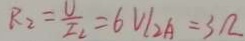
R _ { 2 } = \frac { U } { I _ { 2 } } = 6 V / _ { 2 A } = 3 \Omega